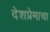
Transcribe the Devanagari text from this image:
देशप्रेमाचा